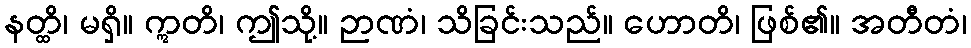
နတ္ထိ၊ မရှိ။ ဣတိ၊ ဤသို့။ ဉာဏံ၊ သိခြင်းသည်။ ဟောတိ၊ ဖြစ်၏။ အတီတံ၊